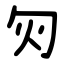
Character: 灳